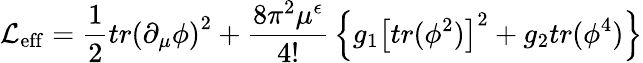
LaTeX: {\cal L_{\mathrm{eff}}}={\frac{1}{2}}tr\left(\partial_{\mu}\phi\right)^{2}+{\frac{8\pi^{2}\mu^{\epsilon}}{4!}}\left\{ g_{1}\left[tr(\phi^{2})\right]^{2}+g_{2}tr(\phi^{4})\right\}